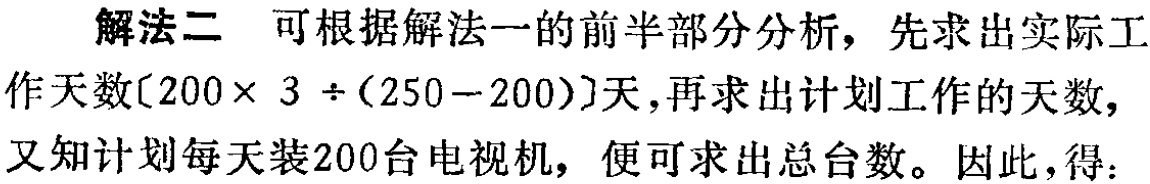
解法二 可根据解法一的前半部分分析，先求出实际工作天数\([200\times 3\div(250 - 200)]\)天，再求出计划工作的天数，又知计划每天装200台电视机，便可求出总台数。因此，得：